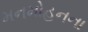
મનમોહનના